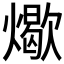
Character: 𬋏